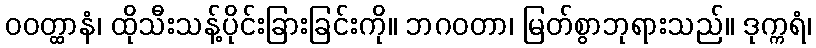
ဝဝတ္ထာနံ၊ ထိုသီးသန့်ပိုင်းခြားခြင်းကို။ ဘဂဝတာ၊ မြတ်စွာဘုရားသည်။ ဒုက္ကရံ၊